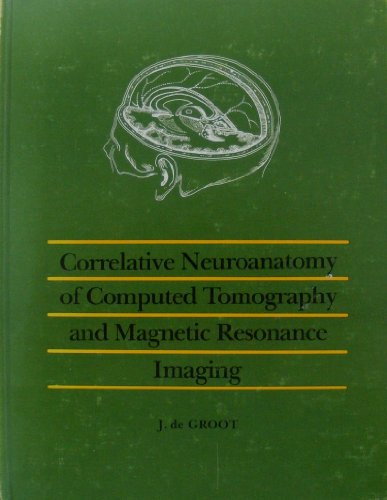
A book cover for Correlative Neuroanatomy of Computed Tomography and Magnetic Resonance Imaging; J. De Groot; Medical Books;